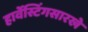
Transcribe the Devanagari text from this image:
हार्वेस्टिंगसारखे